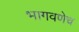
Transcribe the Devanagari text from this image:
भागवणेच